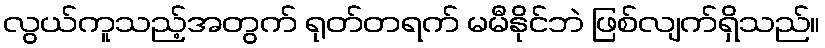
လွယ်ကူသည့်အတွက် ရုတ်တရက် မမီနိုင်ဘဲ ဖြစ်လျက်ရှိသည်။